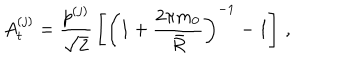
A _ { t } ^ { ( j ) } = { \frac { p ^ { ( j ) } } { \sqrt 2 } } \left[ \left( 1 + { \frac { 2 \pi m _ { 0 } } { \bar { R } } } \right) ^ { - 1 } - 1 \right] \, ,